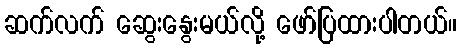
ဆက်လက် ဆွေးနွေးမယ်လို့ ဖော်ပြထားပါတယ်။